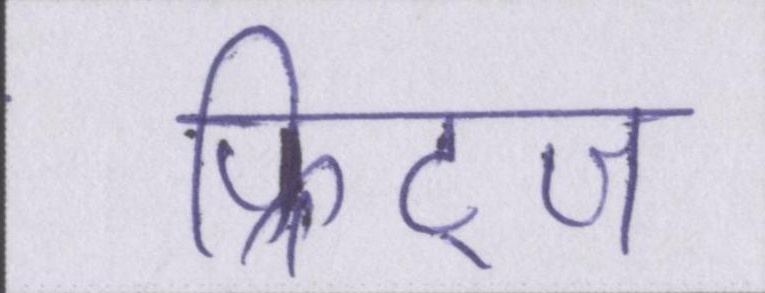
फ्रिट्ज